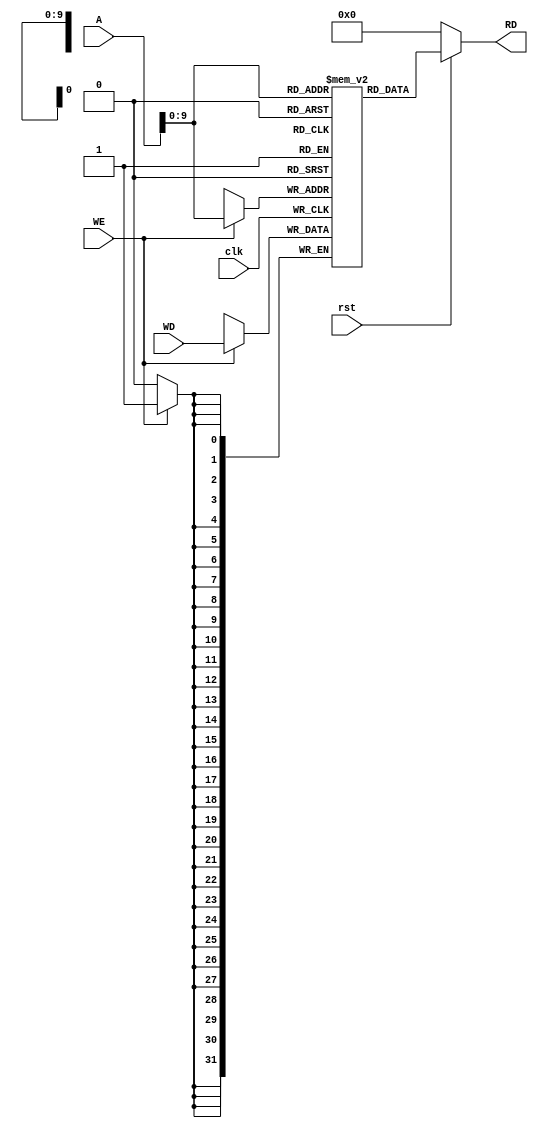
`timescale 1ns / 1ps
//////////////////////////////////////////////////////////////////////////////////
// Company: 
// Engineer: 
// 
// Design Name: 
// Module Name: Data_Memory
// Project Name: 
// Target Devices: 
// Tool Versions: 
// Description: 
// 
// Dependencies: 
// 
// Revision:
// Revision 0.01 - File Created
// Additional Comments:
// 
//////////////////////////////////////////////////////////////////////////////////


module Data_Memory(clk,rst,WE,WD,A,RD);
    input clk,rst,WE;
    input [31:0]A,WD;
    output [31:0]RD;

    reg [31:0] mem [1023:0];

    always @ (posedge clk)
    begin
        if(WE)
            mem[A] <= WD;
    end

    assign RD = (~rst) ? 32'd0 : mem[A];

    initial begin
        mem[0] = 32'h00000000;
        //mem[40] = 32'h00000002;
    end
endmodule